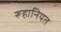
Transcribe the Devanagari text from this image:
रूहानियत